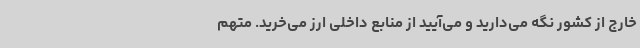
خارج از کشور نگه می‌دارید و می‌آیید از منابع داخلی ارز می‌خرید. متهم